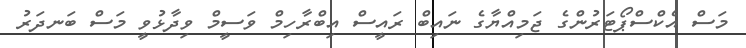
މަސް އެކްސްޕޯޓަރުންގެ ޖަމިއްޔާގެ ނައިބް ރައީސް އިބްރާހިމް ވަސީމް ވިދާޅުވީ މަސް ބަނދަރު